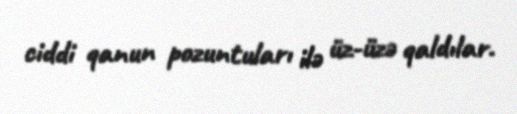
ciddi qanun pozuntuları ilə üz-üzə qaldılar.